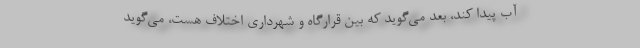
آب پيدا كند، بعد مي‌گويد كه بين قرارگاه و شهرداري اختلاف هست، مي‌گويد